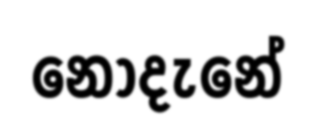
නොදැනේ